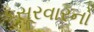
કસૂરવારનો